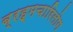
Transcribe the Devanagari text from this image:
ब्रह्मचारिलोग